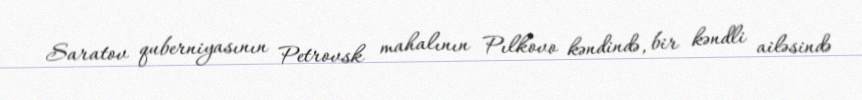
Saratov quberniyasının Petrovsk mahalının Pılkovo kəndində, bir kəndli ailəsində